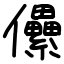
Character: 儽